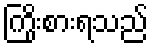
ကြိုးစားရသည်